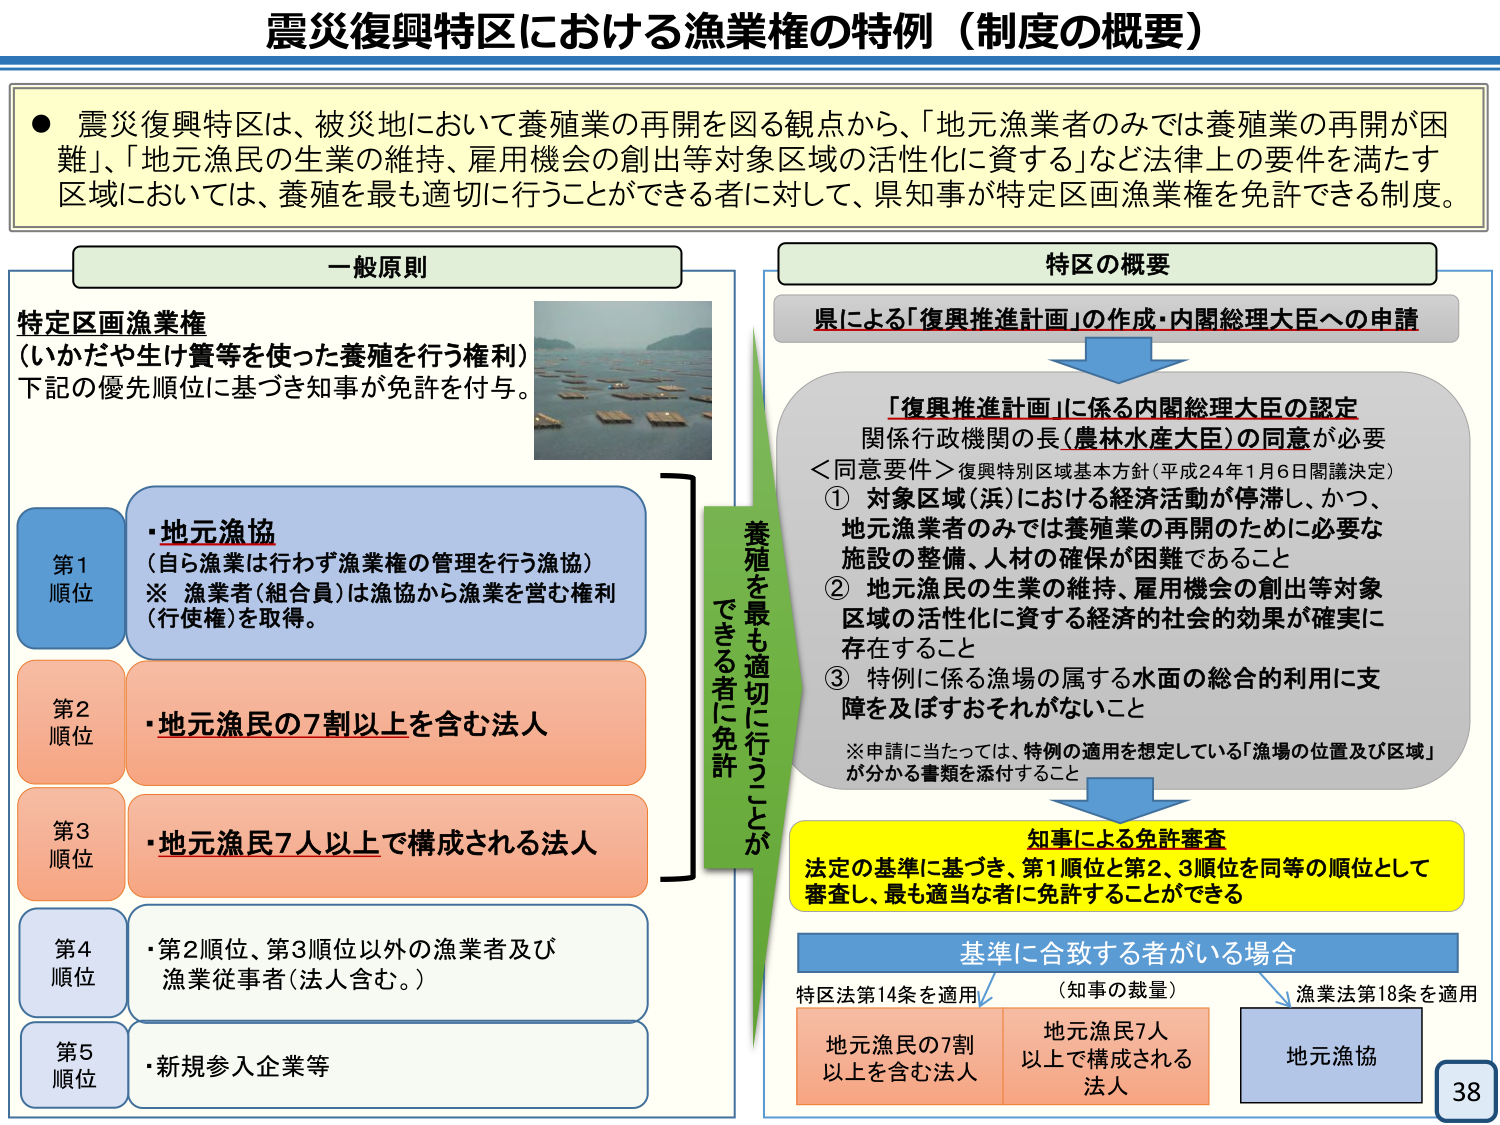
震災復興特区における漁業権の特例（制度の概要）

● 震災復興特区は、被災地において養殖業の再開を図る観点から、「地元漁業者のみでは養殖業の再開が困難」、「地元漁民の生業の維持、雇用機会の創出等対象区域の活性化に資する」など法律上の要件を満たす区域においては、養殖を最も適切に行うことができる者に対して、県知事が特定区画漁業権を免許できる制度。

一般原則

特定区画漁業権
（いかだや生け簀等を使った養殖を行う権利）
下記の優先順位に基づき知事が免許を付与。

第1順位
・地元漁協
（自ら漁業は行わず漁業権の管理を行う漁協）
※ 漁業者（組合員）は漁協から漁業を営む権利（行使権）を取得。

第2順位
・地元漁民の7割以上を含む法人

第3順位
・地元漁民7人以上で構成される法人

第4順位
・第2順位、第3順位以外の漁業者及び漁業従事者（法人含む。）

第5順位
・新規参入企業等

養殖を最も適切に行うことができる者に免許

特区の概要

県による「復興推進計画」の作成・内閣総理大臣への申請

「復興推進計画」に係る内閣総理大臣の認定
関係行政機関の長（農林水産大臣）の同意が必要
＜同意要件＞復興特別区域基本方針（平成24年1月6日閣議決定）
① 対象区域（浜）における経済活動が停滞し、かつ、地元漁業者のみでは養殖業の再開のために必要な施設の整備、人材の確保が困難であること
② 地元漁民の生業の維持、雇用機会の創出等対象区域の活性化に資する経済的社会的効果が確実に存在すること
③ 特例に係る漁場の属する水面の総合的利用に支障を及ぼすおそれがないこと
※申請に当たっては、特例の適用を想定している「漁場の位置及び区域」が分かる書類を添付すること

知事による免許審査
法定の基準に基づき、第1順位と第2、3順位を同等の順位として審査し、最も適当な者に免許することができる

基準に合致する者がいる場合
（知事の裁量）
特区法第14条を適用 → 地元漁民の7割以上を含む法人
漁業法第18条を適用 → 地元漁協
地元漁民7人以上で構成される法人

38